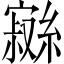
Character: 𱚖